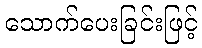
သောက်ပေးခြင်းဖြင့်